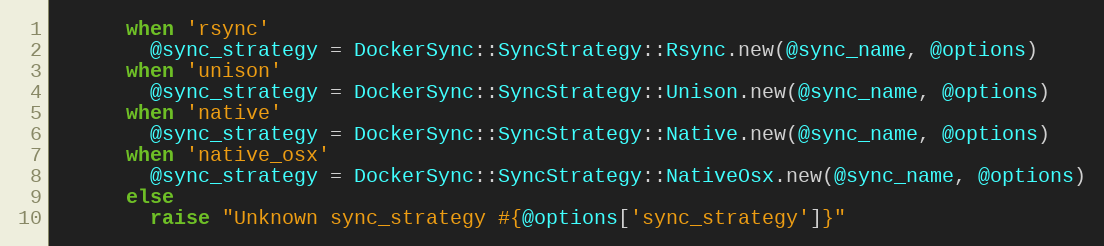
Language: Ruby
      when 'rsync'
        @sync_strategy = DockerSync::SyncStrategy::Rsync.new(@sync_name, @options)
      when 'unison'
        @sync_strategy = DockerSync::SyncStrategy::Unison.new(@sync_name, @options)
      when 'native'
        @sync_strategy = DockerSync::SyncStrategy::Native.new(@sync_name, @options)
      when 'native_osx'
        @sync_strategy = DockerSync::SyncStrategy::NativeOsx.new(@sync_name, @options)
      else
        raise "Unknown sync_strategy #{@options['sync_strategy']}"